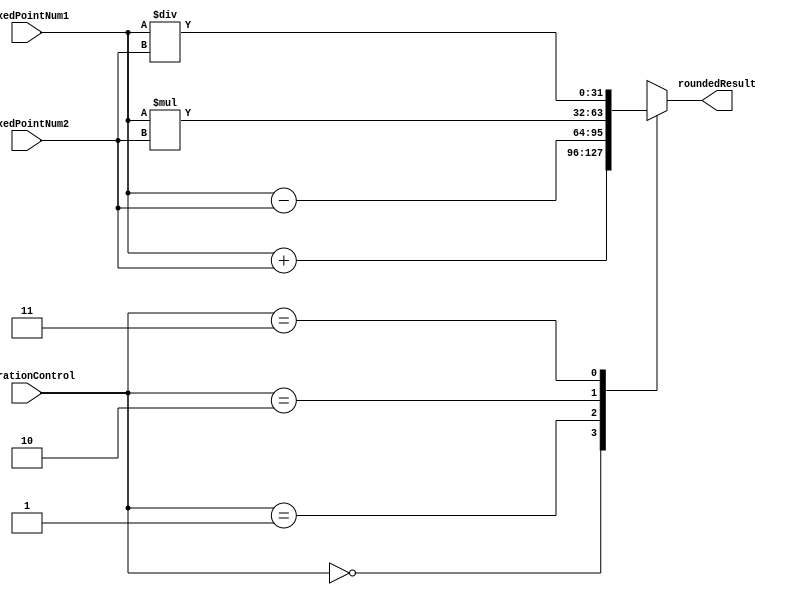
module FixedPointRoundingUnit (
    input [31:0] fixedPointNum1,
    input [31:0] fixedPointNum2,
    input [1:0] operationControl,
    output reg [31:0] roundedResult
);

always @ (operationControl or fixedPointNum1 or fixedPointNum2) begin
    case(operationControl)
        2'b00: roundedResult = fixedPointNum1 + fixedPointNum2; // Addition
        2'b01: roundedResult = fixedPointNum1 - fixedPointNum2; // Subtraction
        2'b10: roundedResult = fixedPointNum1 * fixedPointNum2; // Multiplication
        2'b11: roundedResult = fixedPointNum1 / fixedPointNum2; // Division
    endcase
end

endmodule